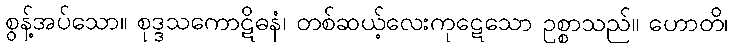
စွန့်အပ်သော။ စုဒ္ဒသကောဋိဓနံ၊ တစ်ဆယ့်လေးကုဋေသော ဥစ္စာသည်။ ဟောတိ၊